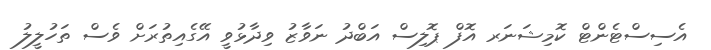
އެސިސްޓެންޓް ކޮމިޝަނަރ އޮފް ޕޮލިސް އަބްދު ނަވާޒު ވިދާޅުވީ އޭގެއިތުރަށް ވެސް ތަހުލީލު